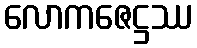
လောကဇေဋ္ဌဿ